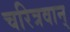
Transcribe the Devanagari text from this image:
चरित्रवान्‌